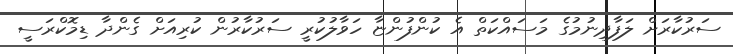
ސަރުކާރަށް ލަފާދިނުމުގެ މަސައްކަތް އެ ކުންފުންޏާ ހަވާލުކުރީ ސަރުކާރުން ކުރިއަށް ގެންދާ ޑިމޮކްރަސީ